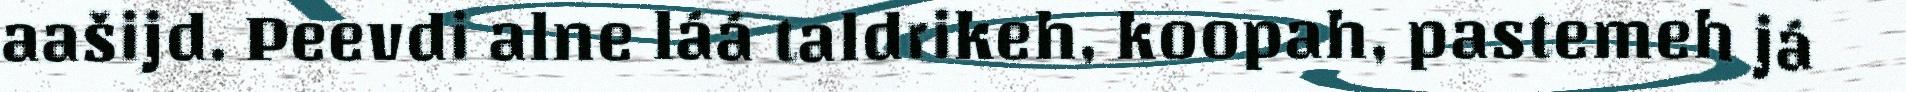
aašijd. Peevdi alne láá taldrikeh, koopah, pastemeh já